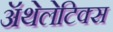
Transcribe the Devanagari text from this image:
ॲथेलेटिक्स